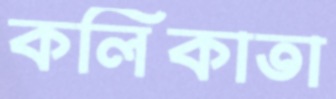
কলিকাতা